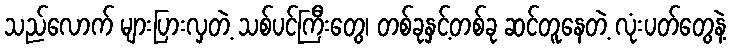
သည်လောက် များပြားလှတဲ့ သစ်ပင်ကြီးတွေ၊ တစ်ခုနှင့်တစ်ခု ဆင်တူနေတဲ့ လုံးပတ်တွေနဲ့